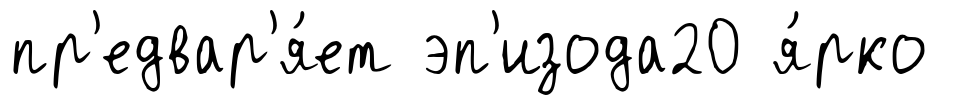
пр'едвар'я́ет эп'изода20 я́рко